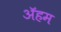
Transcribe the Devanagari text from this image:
ॲहम